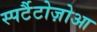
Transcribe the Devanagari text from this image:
स्पर्टैटोज़ोआ